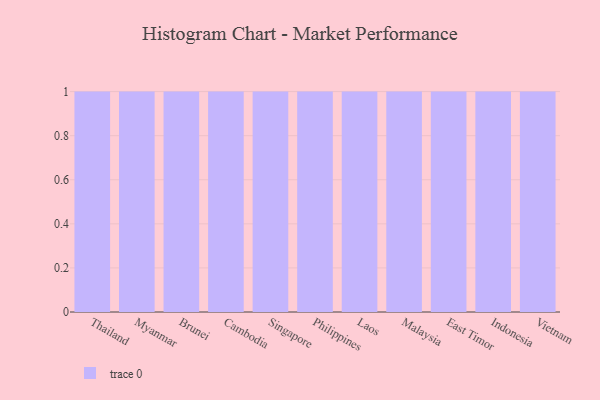
{"axis": {"x": "Country", "y": "Operating Costs (USD K)"}, "legend": [""], "data": [{"x": "Thailand", "y": 27, "type": ""}, {"x": "Myanmar", "y": 17, "type": ""}, {"x": "Brunei", "y": 40, "type": ""}, {"x": "Cambodia", "y": 7, "type": ""}, {"x": "Singapore", "y": 95, "type": ""}, {"x": "Philippines", "y": 83, "type": ""}, {"x": "Laos", "y": 74, "type": ""}, {"x": "Malaysia", "y": 44, "type": ""}, {"x": "East Timor", "y": 10, "type": ""}, {"x": "Indonesia", "y": 41, "type": ""}, {"x": "Vietnam", "y": 69, "type": ""}]}